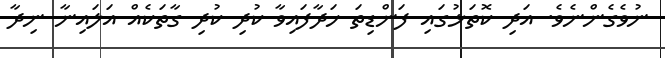
ނުވެގެންނެވެ. އަދި ކޮތަޅުގައި ފަންޑިތަ ހަދާފައިވާ ކުދި ކުދި ގާތަކެއް އަލައިނާ ނިދާ